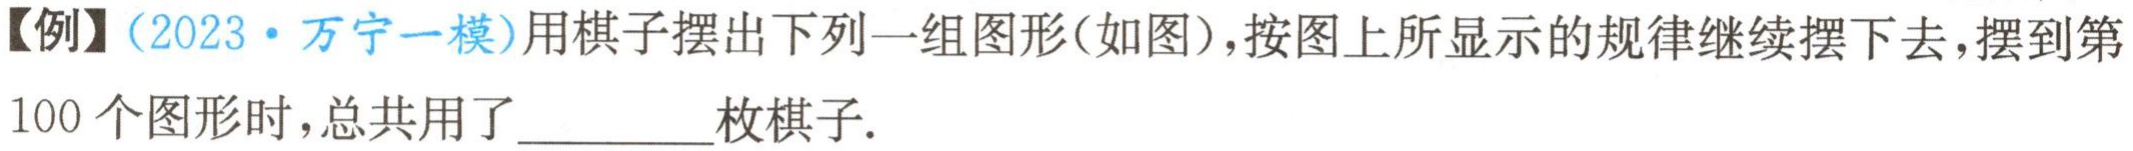
【例】（2023·万宁一模）用棋子摆出下列一组图形(如图)，按图上所显示的规律继续摆下去，摆到第100个图形时，总共用了________枚棋子.